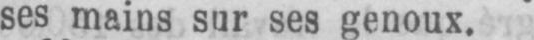
ses mains sur ses genoux.